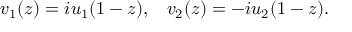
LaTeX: v _ { 1 } ( z ) = i u _ { 1 } ( 1 - z ) , \; \; \; v _ { 2 } ( z ) = - i u _ { 2 } ( 1 - z ) .